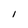
Character: I